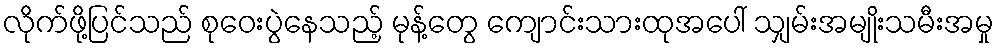
လိုက်ဖို့ပြင်သည် စုဝေးပွဲနေသည့် မုန့်တွေ ကျောင်းသားထုအပေါ် သျှမ်းအမျိုးသမီးအမှု